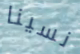
نسينا